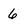
Character: 6